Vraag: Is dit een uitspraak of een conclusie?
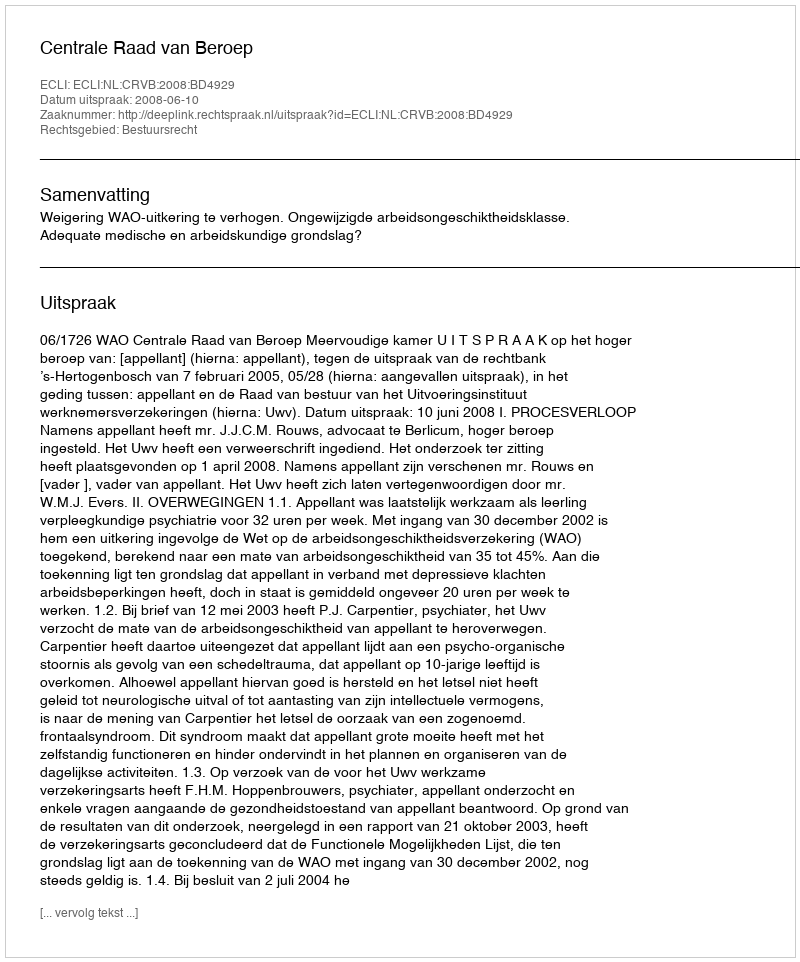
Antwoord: Uitspraak